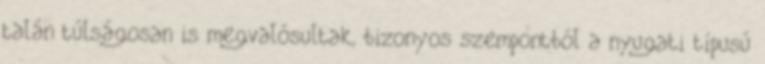
talán túlságosan is megvalósultak, bizonyos szempontból a nyugati típusú